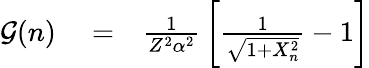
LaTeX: \begin{array}{rlr}{\mathcal{G}(n)}&{{}=}&{\frac{1}{Z^{2}\alpha^{2}}\, \bigg[\frac{1}{\sqrt{1+X_{n}^{2}}}-1\bigg]}\end{array}